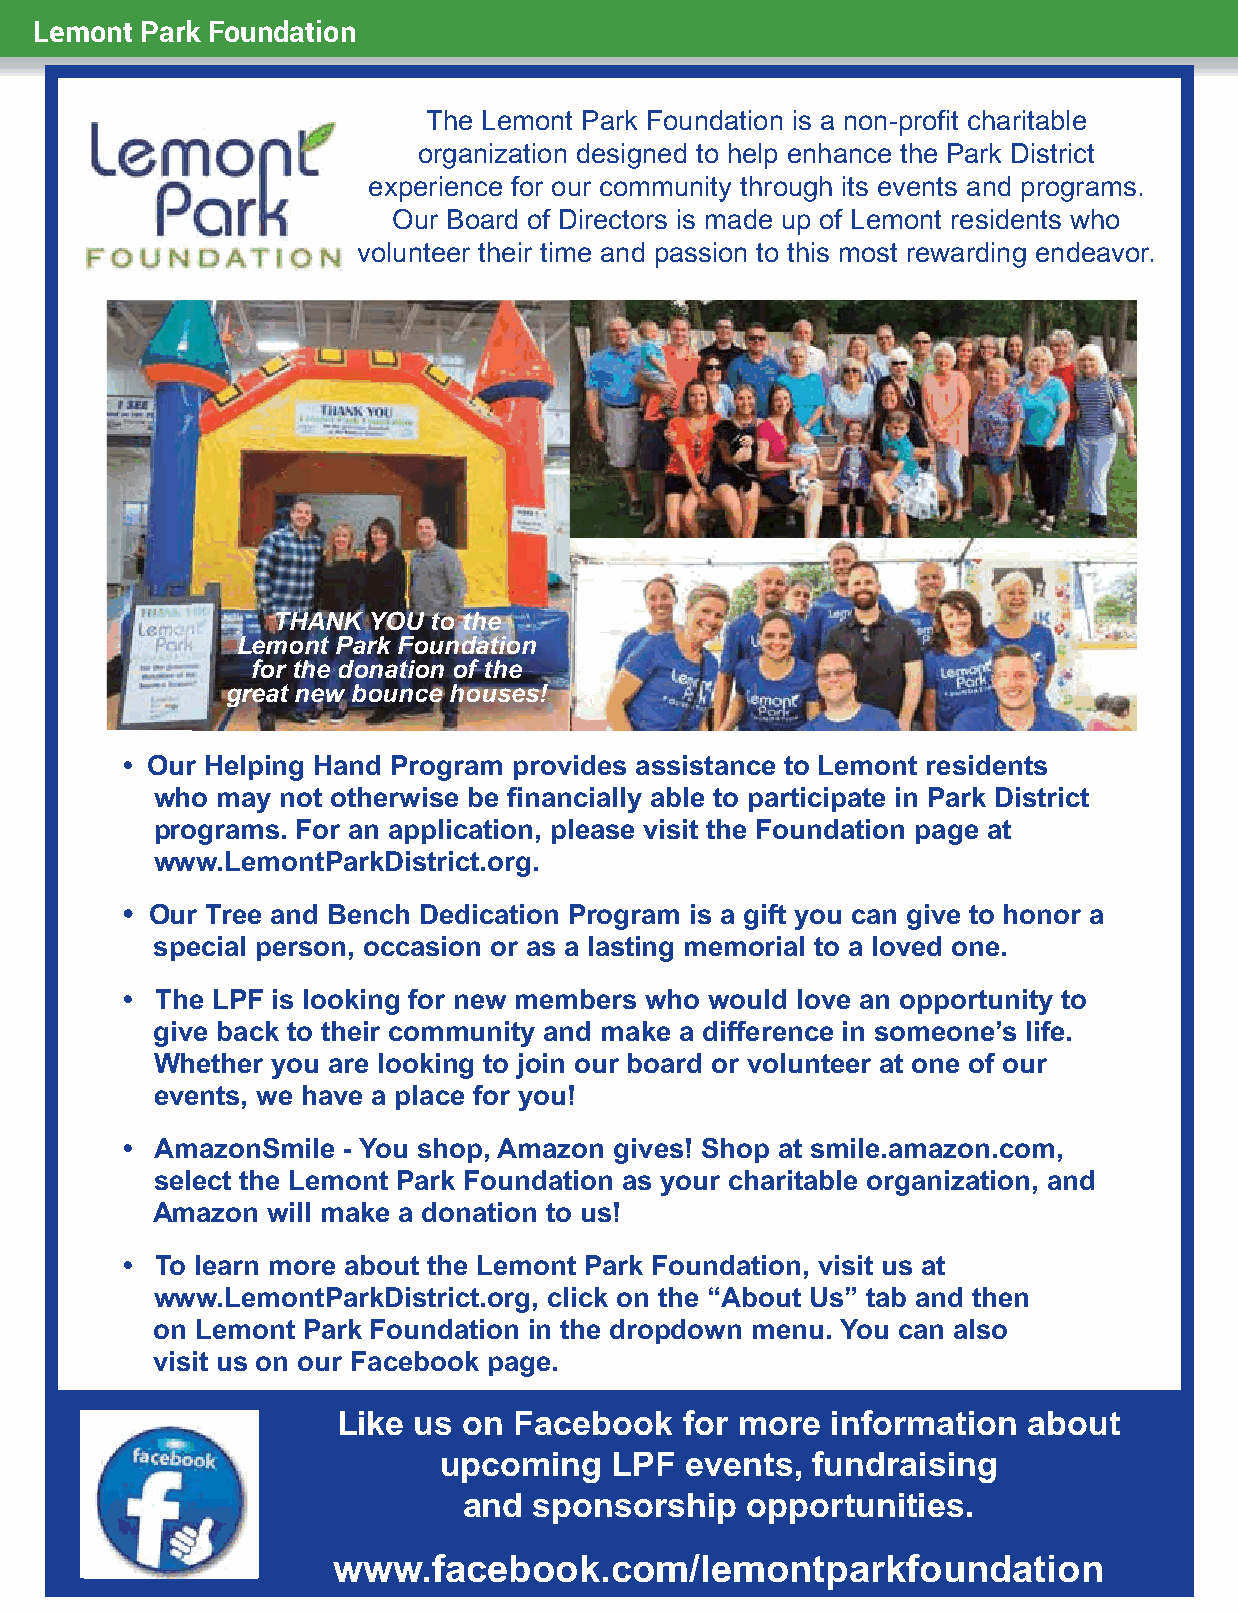
Lemont Park Foundation
 The Lemont Park Foundation is a non-profit charitable
 organization designed to help enhance the Park District
 experience for our community through its events and programs.
 Our Board of Directors is made up of Lemont residents who
 volunteer their time and passion to this most rewarding endeavor.
 THANK YOU  to the
 Lemont Park Foundation
 for the donation of the
 great new bounce houses!
 • Our Helping Hand Program provides assistance to Lemont residents
 who may  not otherwise be financially able to participate in Park District
 programs. For an application, please visit the Foundation page at
 www.LemontParkDistrict.org.
 • Our Tree and Bench Dedication Program is a gift you can give to honor a
 special person, occasion or as a lasting memorial to a loved one.
 • The LPF is looking for new members who would love an opportunity to
 give back to their community and make a difference in someone’s life.
 Whether you are looking to join our board or volunteer at one of our
 events, we have a place for you!
 • AmazonSmile  - You shop, Amazon gives! Shop at smile.amazon.com,
 select the Lemont Park Foundation as your charitable organization, and
 Amazon  will make a donation to us!
 • To learn more about the Lemont Park Foundation, visit us at
 www.LemontParkDistrict.org, click on the “About Us” tab and then
 on Lemont Park Foundation in the dropdown menu. You can also
 visit us on our Facebook page.
 Like us  on Facebook   for more  information  about
 upcoming   LPF  events,  fundraising
 and sponsorship   opportunities.
 www.facebook.com/lemontparkfoundation